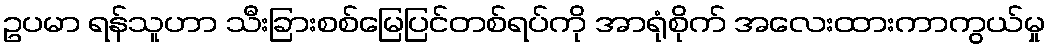
ဥပမာ ရန်သူဟာ သီးခြားစစ်မြေပြင်တစ်ရပ်ကို အာရုံစိုက် အလေးထားကာကွယ်မှု